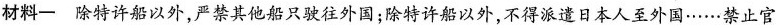
材料一 除特许船以外，严禁其他船只驶往外国；除特许船以外，不得派遣日本人至外国……禁止官